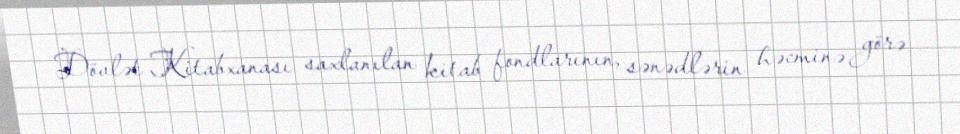
Dövlət Kitabxanası saxlanılan kitab fondlarının, sənədlərin həcminə görə